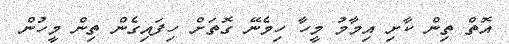
އޮތް ތިން ކާށި އިމާމު މީހާ ހިމެނޭ ގޮތަށް ހިފައިގެން ތިން މީހުން